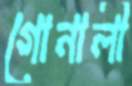
গোনালী